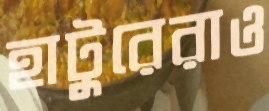
হাটুরেরাও